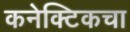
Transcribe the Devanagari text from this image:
कनेक्टिकचा